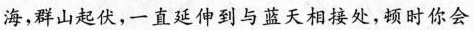
海，群山起伏，一直延伸到与蓝天相接处，顿时你会